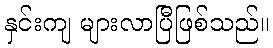
နှင်းကျ များလာပြီဖြစ်သည်။